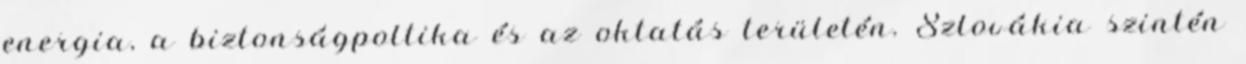
energia, a biztonságpoltika és az oktatás területén. Szlovákia szintén